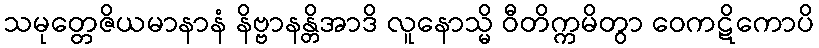
သမုတ္တေဇိယမာနာနံ နိဗ္ဗာနန္တိအာဒိ လူနောသ္မိ ဝီတိက္ကမိတွာ ဝေကဋိကောပိ